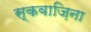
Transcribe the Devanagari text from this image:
स्कवाज़िना